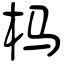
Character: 杩